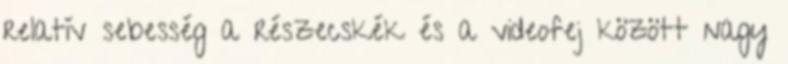
relatív sebesség a részecskék és a videofej között nagy